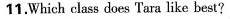
11.Which class does Tara like best?